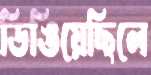
ডিঙিয়েছিলে